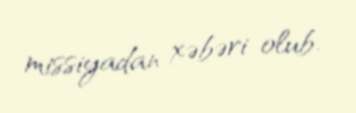
missiyadan xəbəri olub.